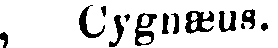
, Cygnæus.